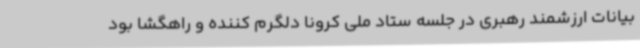
بیانات ارزشمند رهبری در جلسه ستاد ملی کرونا دلگرم کننده و راهگشا بود